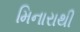
મિનારાથી